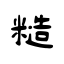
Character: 糙